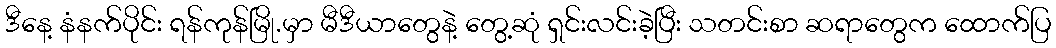
ဒီနေ့ နံနက်ပိုင်း ရန်ကုန်မြို.မှာ မီဒီယာတွေနဲ့ တွေ့ဆုံ ရှင်းလင်းခဲ့ပြီး သတင်းစာ ဆရာတွေက ထောက်ပြ